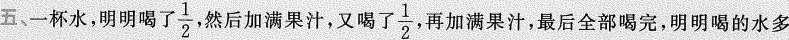
五、一杯水，明明喝了\frac{1}{2}，然后加满果汁，又喝了\frac{1}{2}，再加满果汁，最后全部喝完，明明喝的水多